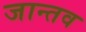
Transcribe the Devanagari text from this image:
जान्तव